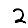
Digit: 2